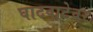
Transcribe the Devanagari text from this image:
घाटवाटेवर